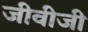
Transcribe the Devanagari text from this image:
जीवीजी